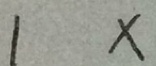
1 x